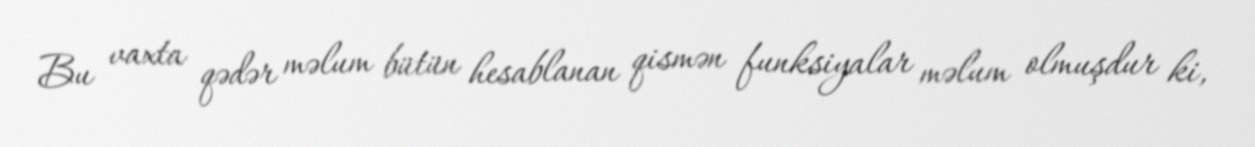
Bu vaxta qədər məlum bütün hesablanan qismən funksiyalar məlum olmuşdur ki,